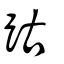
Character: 跍